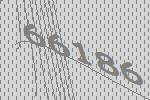
66186